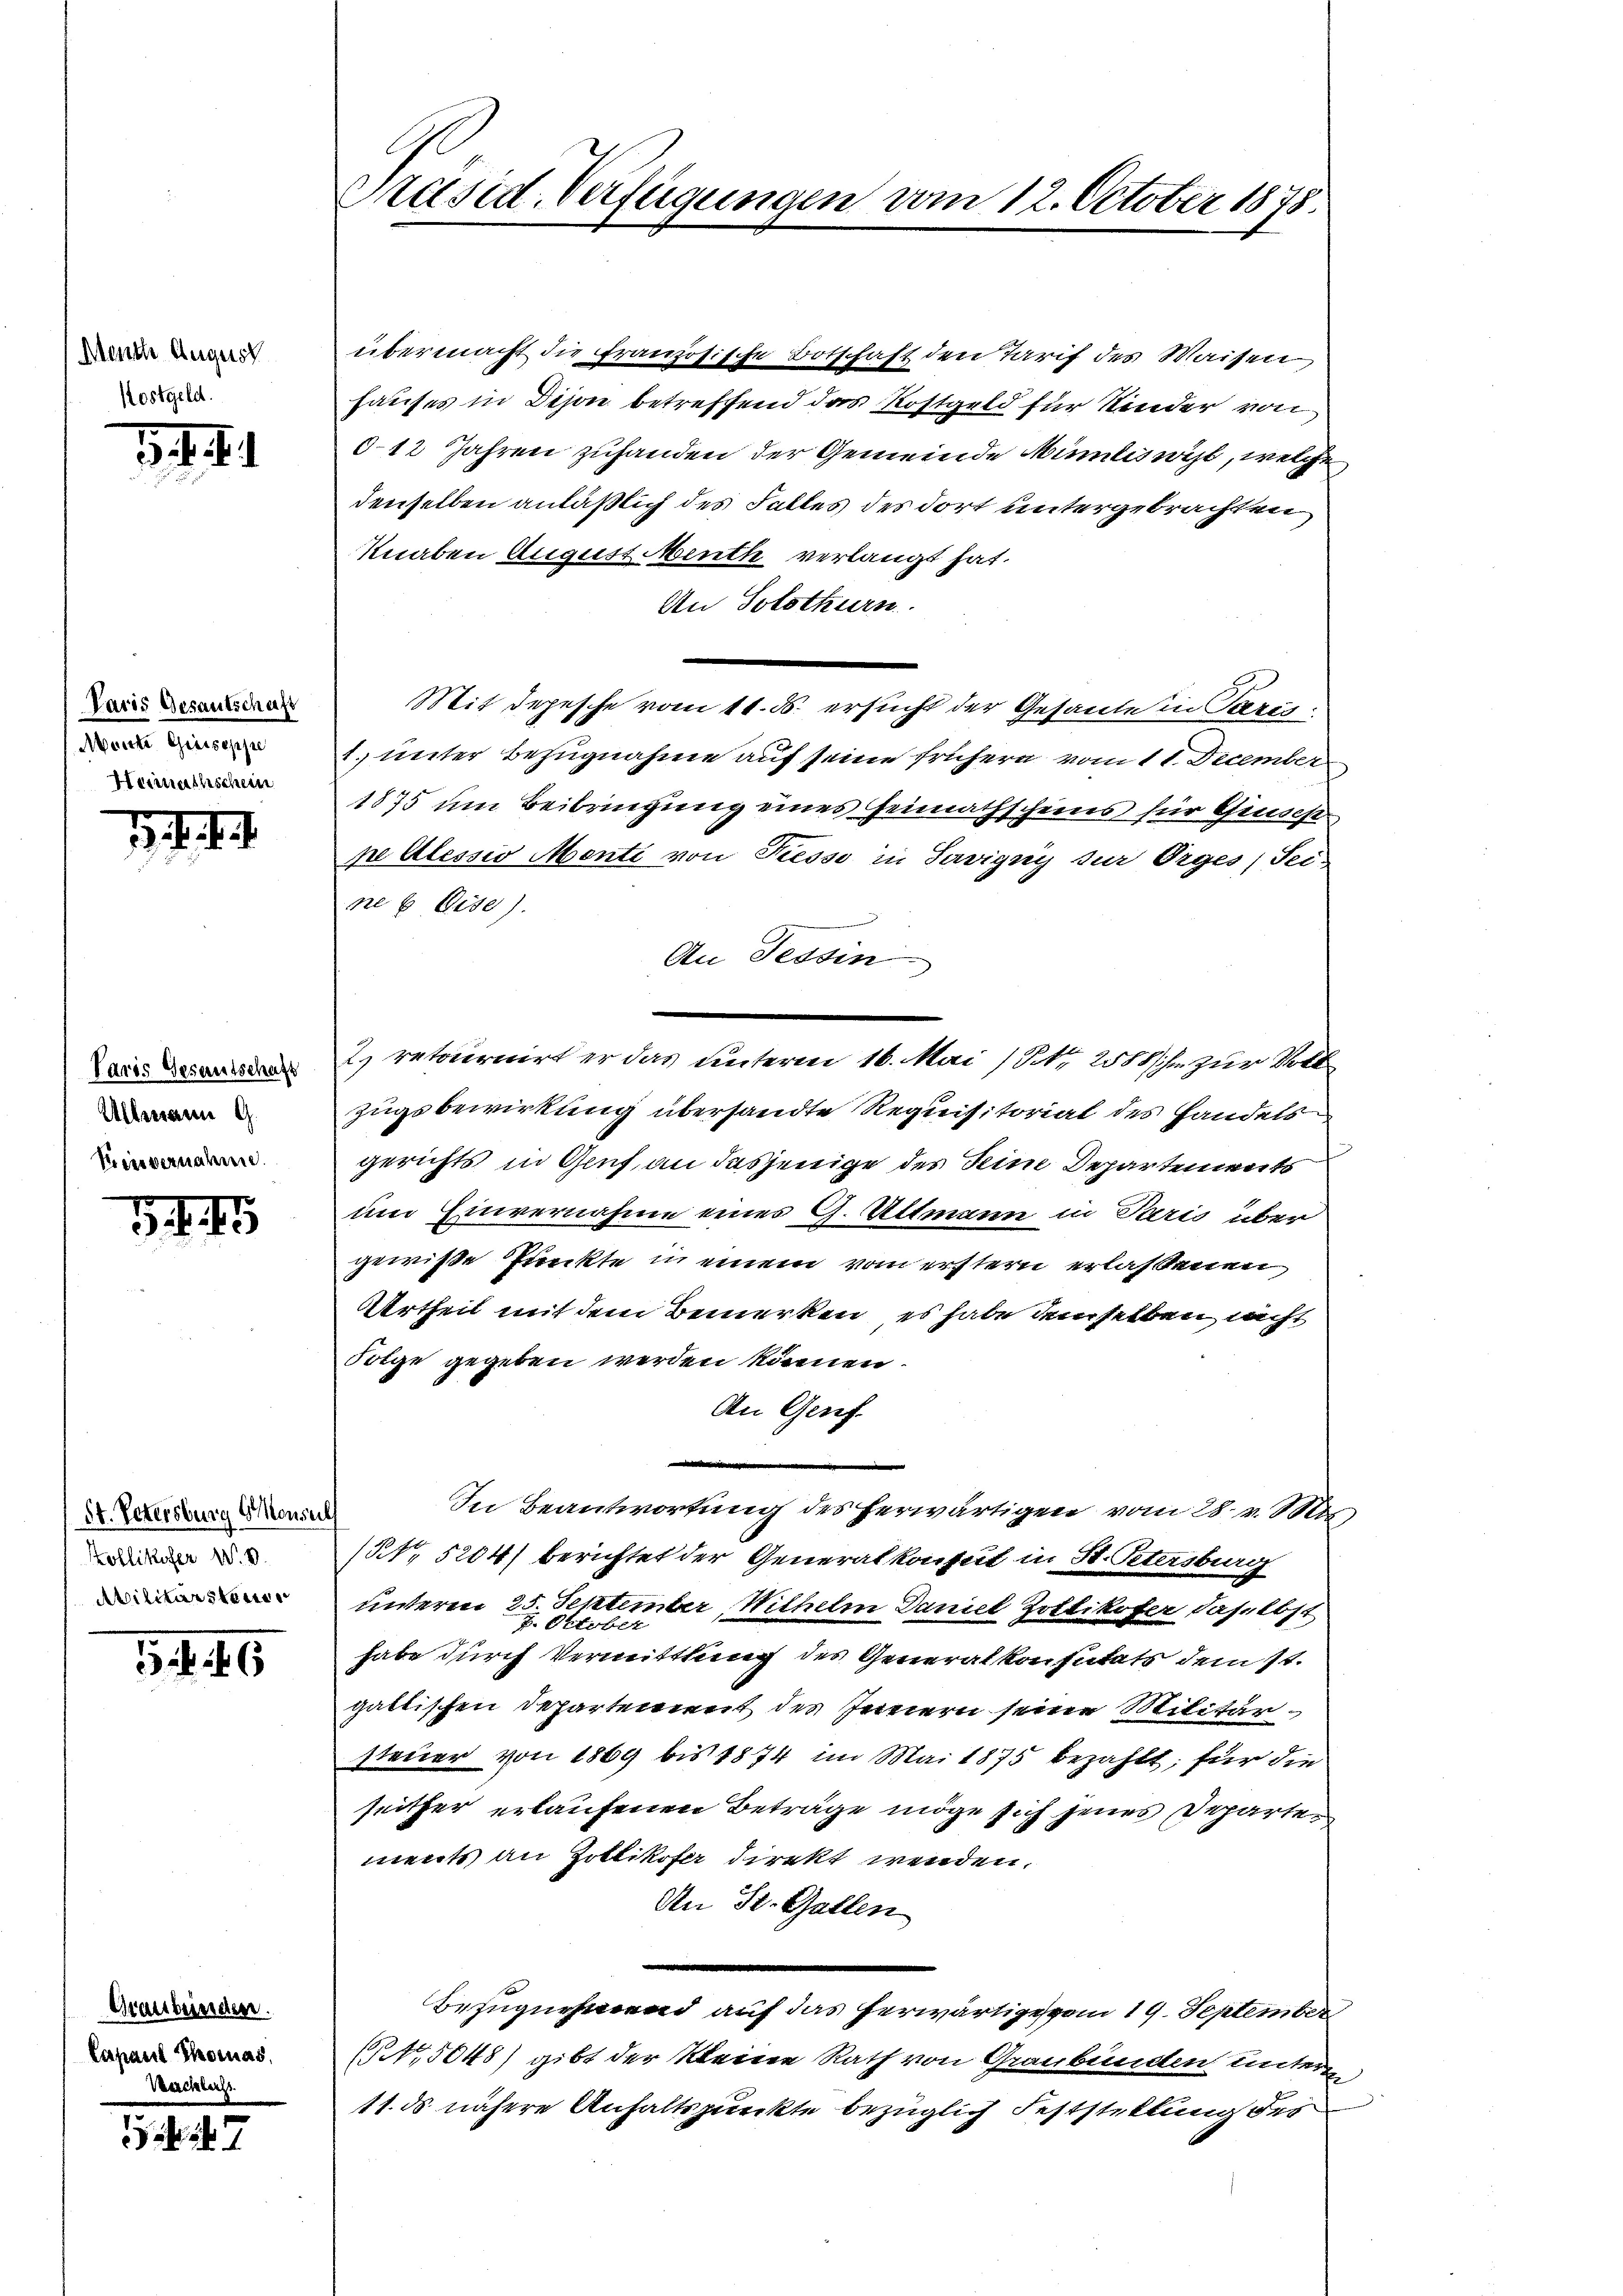
Manche August
Kostgeld.

. 1.

Paris Gesantschaft
Mante Greiseppe
Heimathschein

.

Paris Gesantschaft
Allmann G.
Feier vernahme.

S. 45

St. Petersburg 6 Monsul
Kollikofer W. B.
Avilitärsten

46

Graubünden.
Capaul Thomas,
Kercklass

11 247

Präsid. Verfügungen vom 12. October 1878.

übermacht die französische Botschaft den Tarif des Waiser
hauses in Dison betreffend das Kostgeld für Kinder von
0-12 Jahren zuhanden der Gemeinde Mümtiswil, welche
denselben anläßlich des Falles des dort untergebrachten
Knaben August Menth verlangt hat.
An Solothurn.
Mit depesche vom 11. ds. ersucht der Gesande in Paris
1. unter Bezugnahme auf seine frühern vom 11. December
1875 um Beibringung eines Heimathscheins für Giuses
ne Alessio Mente von Kesse in Savigny zur Orges, Sei
ne 6 Eise).
An Tessin
2) retournirt er das unterm 16. Mai / Nr. 2588 / ihm zur Voll
zugsbewirkung übersandte Requisitorial des Handels
gerichts in Gruf an dasjenige des Seine Departenwarts
um Einvernahme eines G. Uttmann in Paris über
gewisse Punkte in einem vom erstern erlassenen
Urtheil mit dem Bemerken, es habe demselben, nicht
Folge gegeben werden können.
An Genf.
In Beantwortung des herwärtigen vom 28. v. M.
(NNo. 5204) berichtet der Generalkonsul in St. Petersburg
underen 25. September, Wilhelm Daniel Zollikofer, daselbst
habe durch Vermittlung des Generalkonsutats dem st.
galtischen Departement des Innern seine Militärsteuer von 1869 bis 1874 im Mai 1875 bezahlt; für die
seither erlaufenen Beträge möge sich jenes Reparten
ments an Zottikofer direkt wenden.
An St. Gallen
Bezugnehmend auf das herwärtiges vom 19. September
6. 5048) gibt der kleine Rath von Graubünden untern
11. ds nähere Anhaltspunkte bezüglich Feststellung der